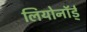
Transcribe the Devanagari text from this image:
लियोनॉर्ड्